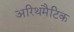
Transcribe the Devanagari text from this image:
अरिथमैटिक